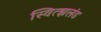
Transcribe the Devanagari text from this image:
स्वित्झलंड